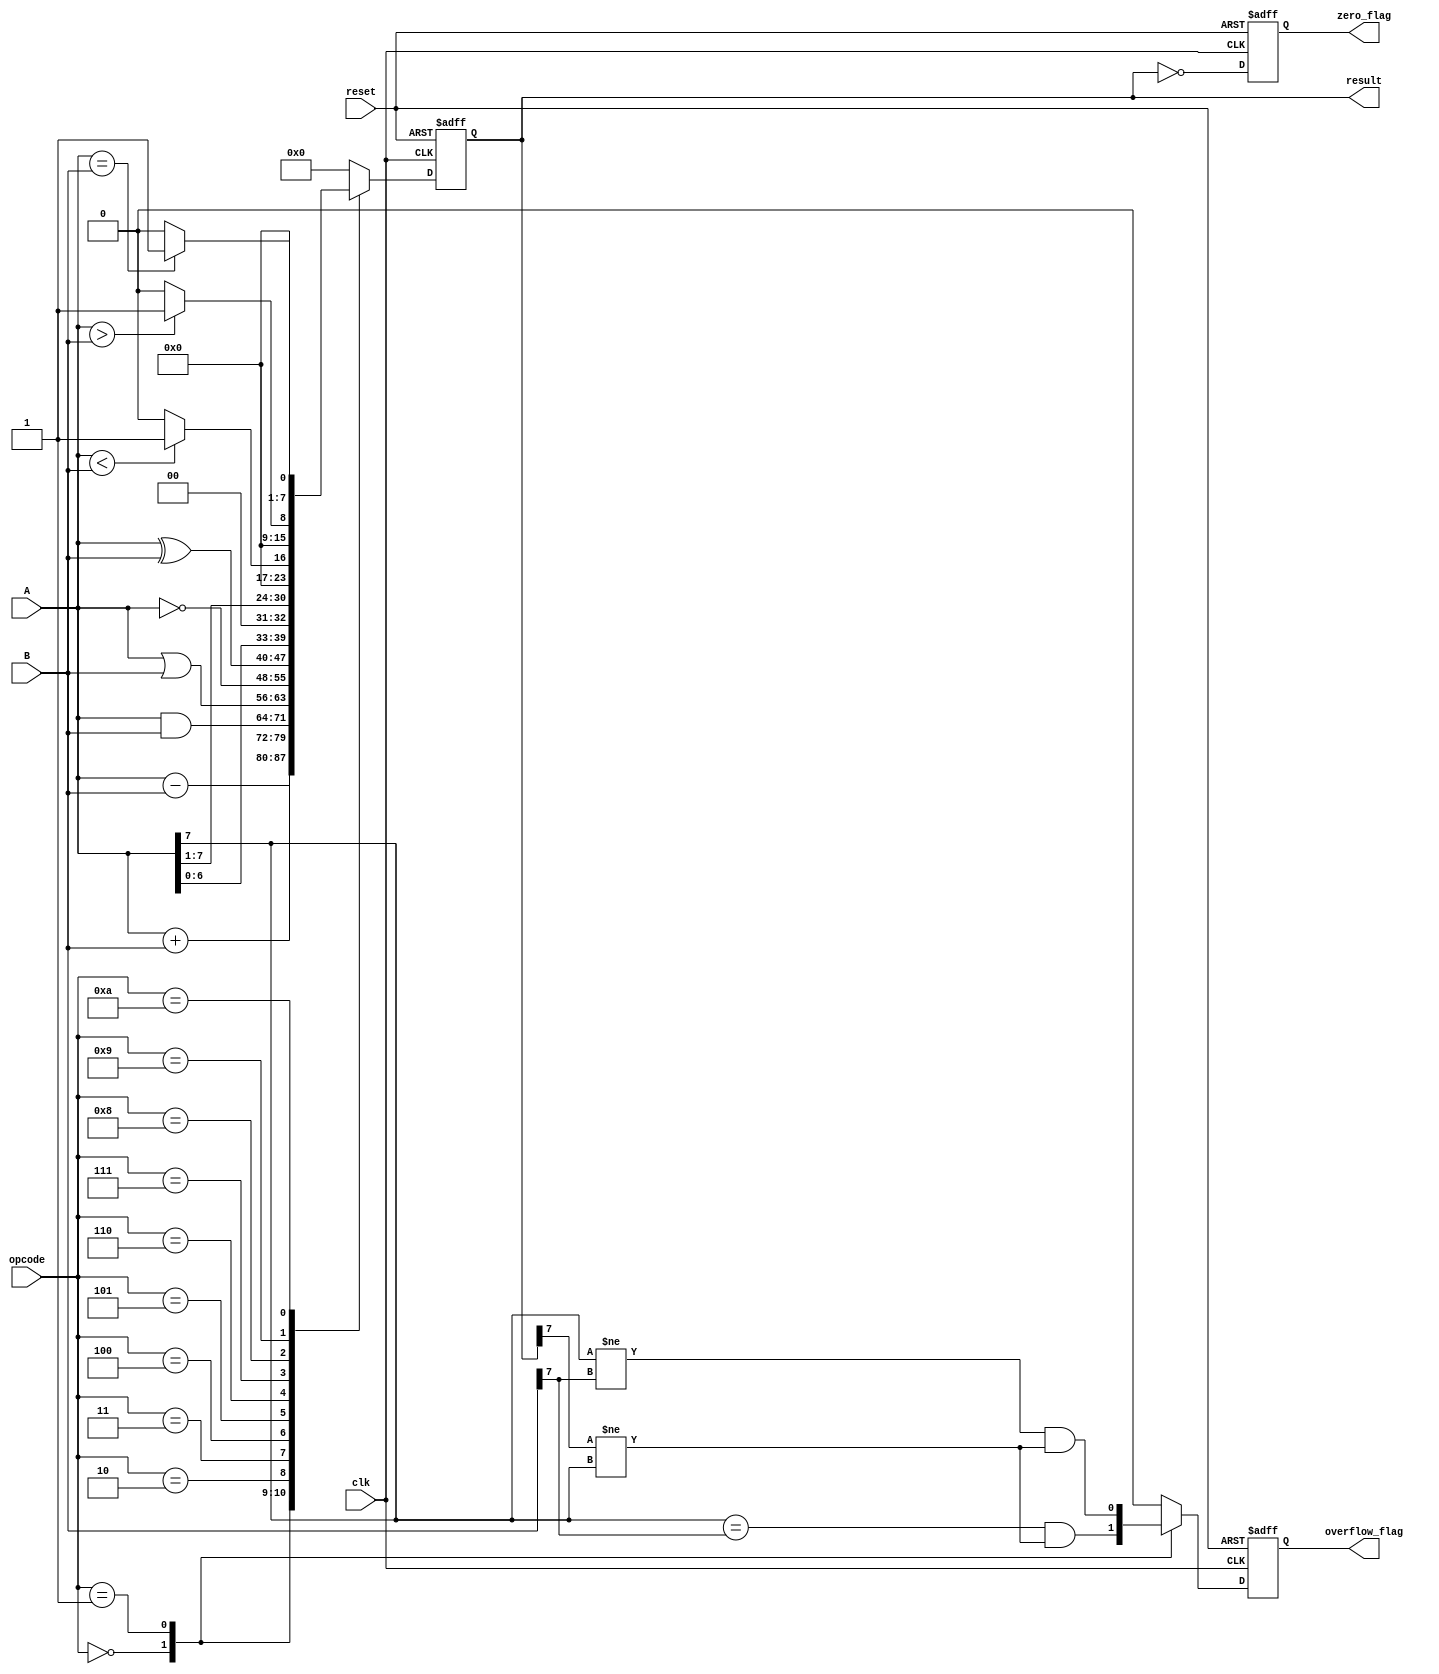
module ParameterizedALU #(
    parameter WIDTH = 8 // Parameter for operand width
)(
    input  wire [WIDTH-1:0] A,         // Input operand 1
    input  wire [WIDTH-1:0] B,         // Input operand 2
    input  wire [3:0] opcode,           // Control signal (opcode)
    input  wire clk,                    // Clock signal
    input  wire reset,                  // Asynchronous reset signal
    output reg  [WIDTH-1:0] result,     // Output of the operation
    output reg  zero_flag,              // Zero result flag
    output reg  overflow_flag            // Overflow flag
);

    // Define opcode values
    localparam ADD      = 4'b0000;
    localparam SUB      = 4'b0001;
    localparam AND      = 4'b0010;
    localparam OR       = 4'b0011;
    localparam NOT      = 4'b0100;
    localparam XOR      = 4'b0101;
    localparam SHL      = 4'b0110;      // Shift left
    localparam SHR      = 4'b0111;      // Shift right
    localparam LT       = 4'b1000;      // Less than
    localparam GT       = 4'b1001;      // Greater than
    localparam EQ       = 4'b1010;      // Equal to

    // Synchronous process for ALU operation
    always @(posedge clk or posedge reset) begin
        if (reset) begin
            result <= 0;
            zero_flag <= 0;
            overflow_flag <= 0;
        end
        else begin
            case (opcode)
                ADD: begin
                    result <= A + B;
                    overflow_flag <= (A[WIDTH-1] == B[WIDTH-1]) && (result[WIDTH-1] != A[WIDTH-1]);
                end
                
                SUB: begin
                    result <= A - B;
                    overflow_flag <= (A[WIDTH-1] != B[WIDTH-1]) && (result[WIDTH-1] != A[WIDTH-1]);
                end
                
                AND: begin
                    result <= A & B;
                    overflow_flag <= 0; // No overflow for bitwise operations
                end
                
                OR: begin
                    result <= A | B;
                    overflow_flag <= 0; // No overflow for bitwise operations
                end
                
                NOT: begin
                    result <= ~A; // Unary operation
                    overflow_flag <= 0; // No overflow
                end
                
                XOR: begin
                    result <= A ^ B;
                    overflow_flag <= 0; // No overflow for bitwise operations
                end
                
                SHL: begin
                    result <= A << 1; // Left shift
                    overflow_flag <= 0; // No overflow
                end
                
                SHR: begin
                    result <= A >> 1; // Right shift
                    overflow_flag <= 0; // No overflow
                end
                
                LT: begin
                    result <= (A < B) ? 1 : 0; // Less than comparison
                    overflow_flag <= 0; // No overflow
                end
                
                GT: begin
                    result <= (A > B) ? 1 : 0; // Greater than comparison
                    overflow_flag <= 0; // No overflow
                end
                
                EQ: begin
                    result <= (A == B) ? 1 : 0; // Equality comparison
                    overflow_flag <= 0; // No overflow
                end
                
                default: begin
                    result <= 0; // Default case
                    overflow_flag <= 0;
                end
            endcase
            
            // Set zero flag
            zero_flag <= (result == 0);
        end
    end

endmodule